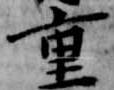
重